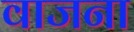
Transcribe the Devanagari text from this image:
वाजना